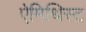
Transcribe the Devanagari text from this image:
ऐमिथिस्ट